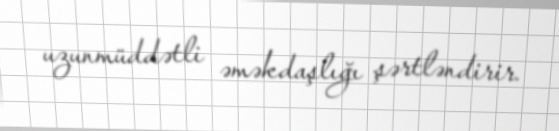
uzunmüddətli əməkdaşlığı şərtləndirir.